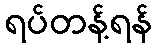
ရပ်တန့်ရန်